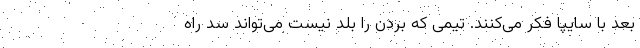
بعد با سایپا فکر می‌کنند. تیمی که بردن را بلد نیست می‌تواند سد راه